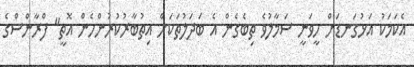
އެކަމަކު އަޅުގަނޑަށް ހީވަނީ ސަމާލުވެ ތިބެގެން އެ ބަދަލުތަކަށް އިތުބާރުކުރުންހެން އޮތީ" ފްރާންސްގެ